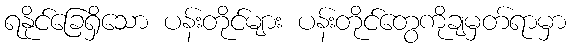
ရနိုင်ခြေရှိသော ပန်းတိုင်များ ပန်းတိုင်တွေကိုချမှတ်ရာမှာ